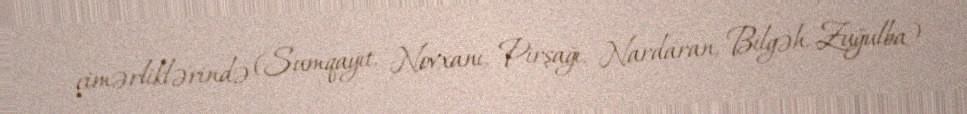
çimərliklərində (Sumqayıt, Novxanı, Pirşağı, Nardaran, Bilgəh, Zuğulba)